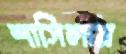
শাসিলাম